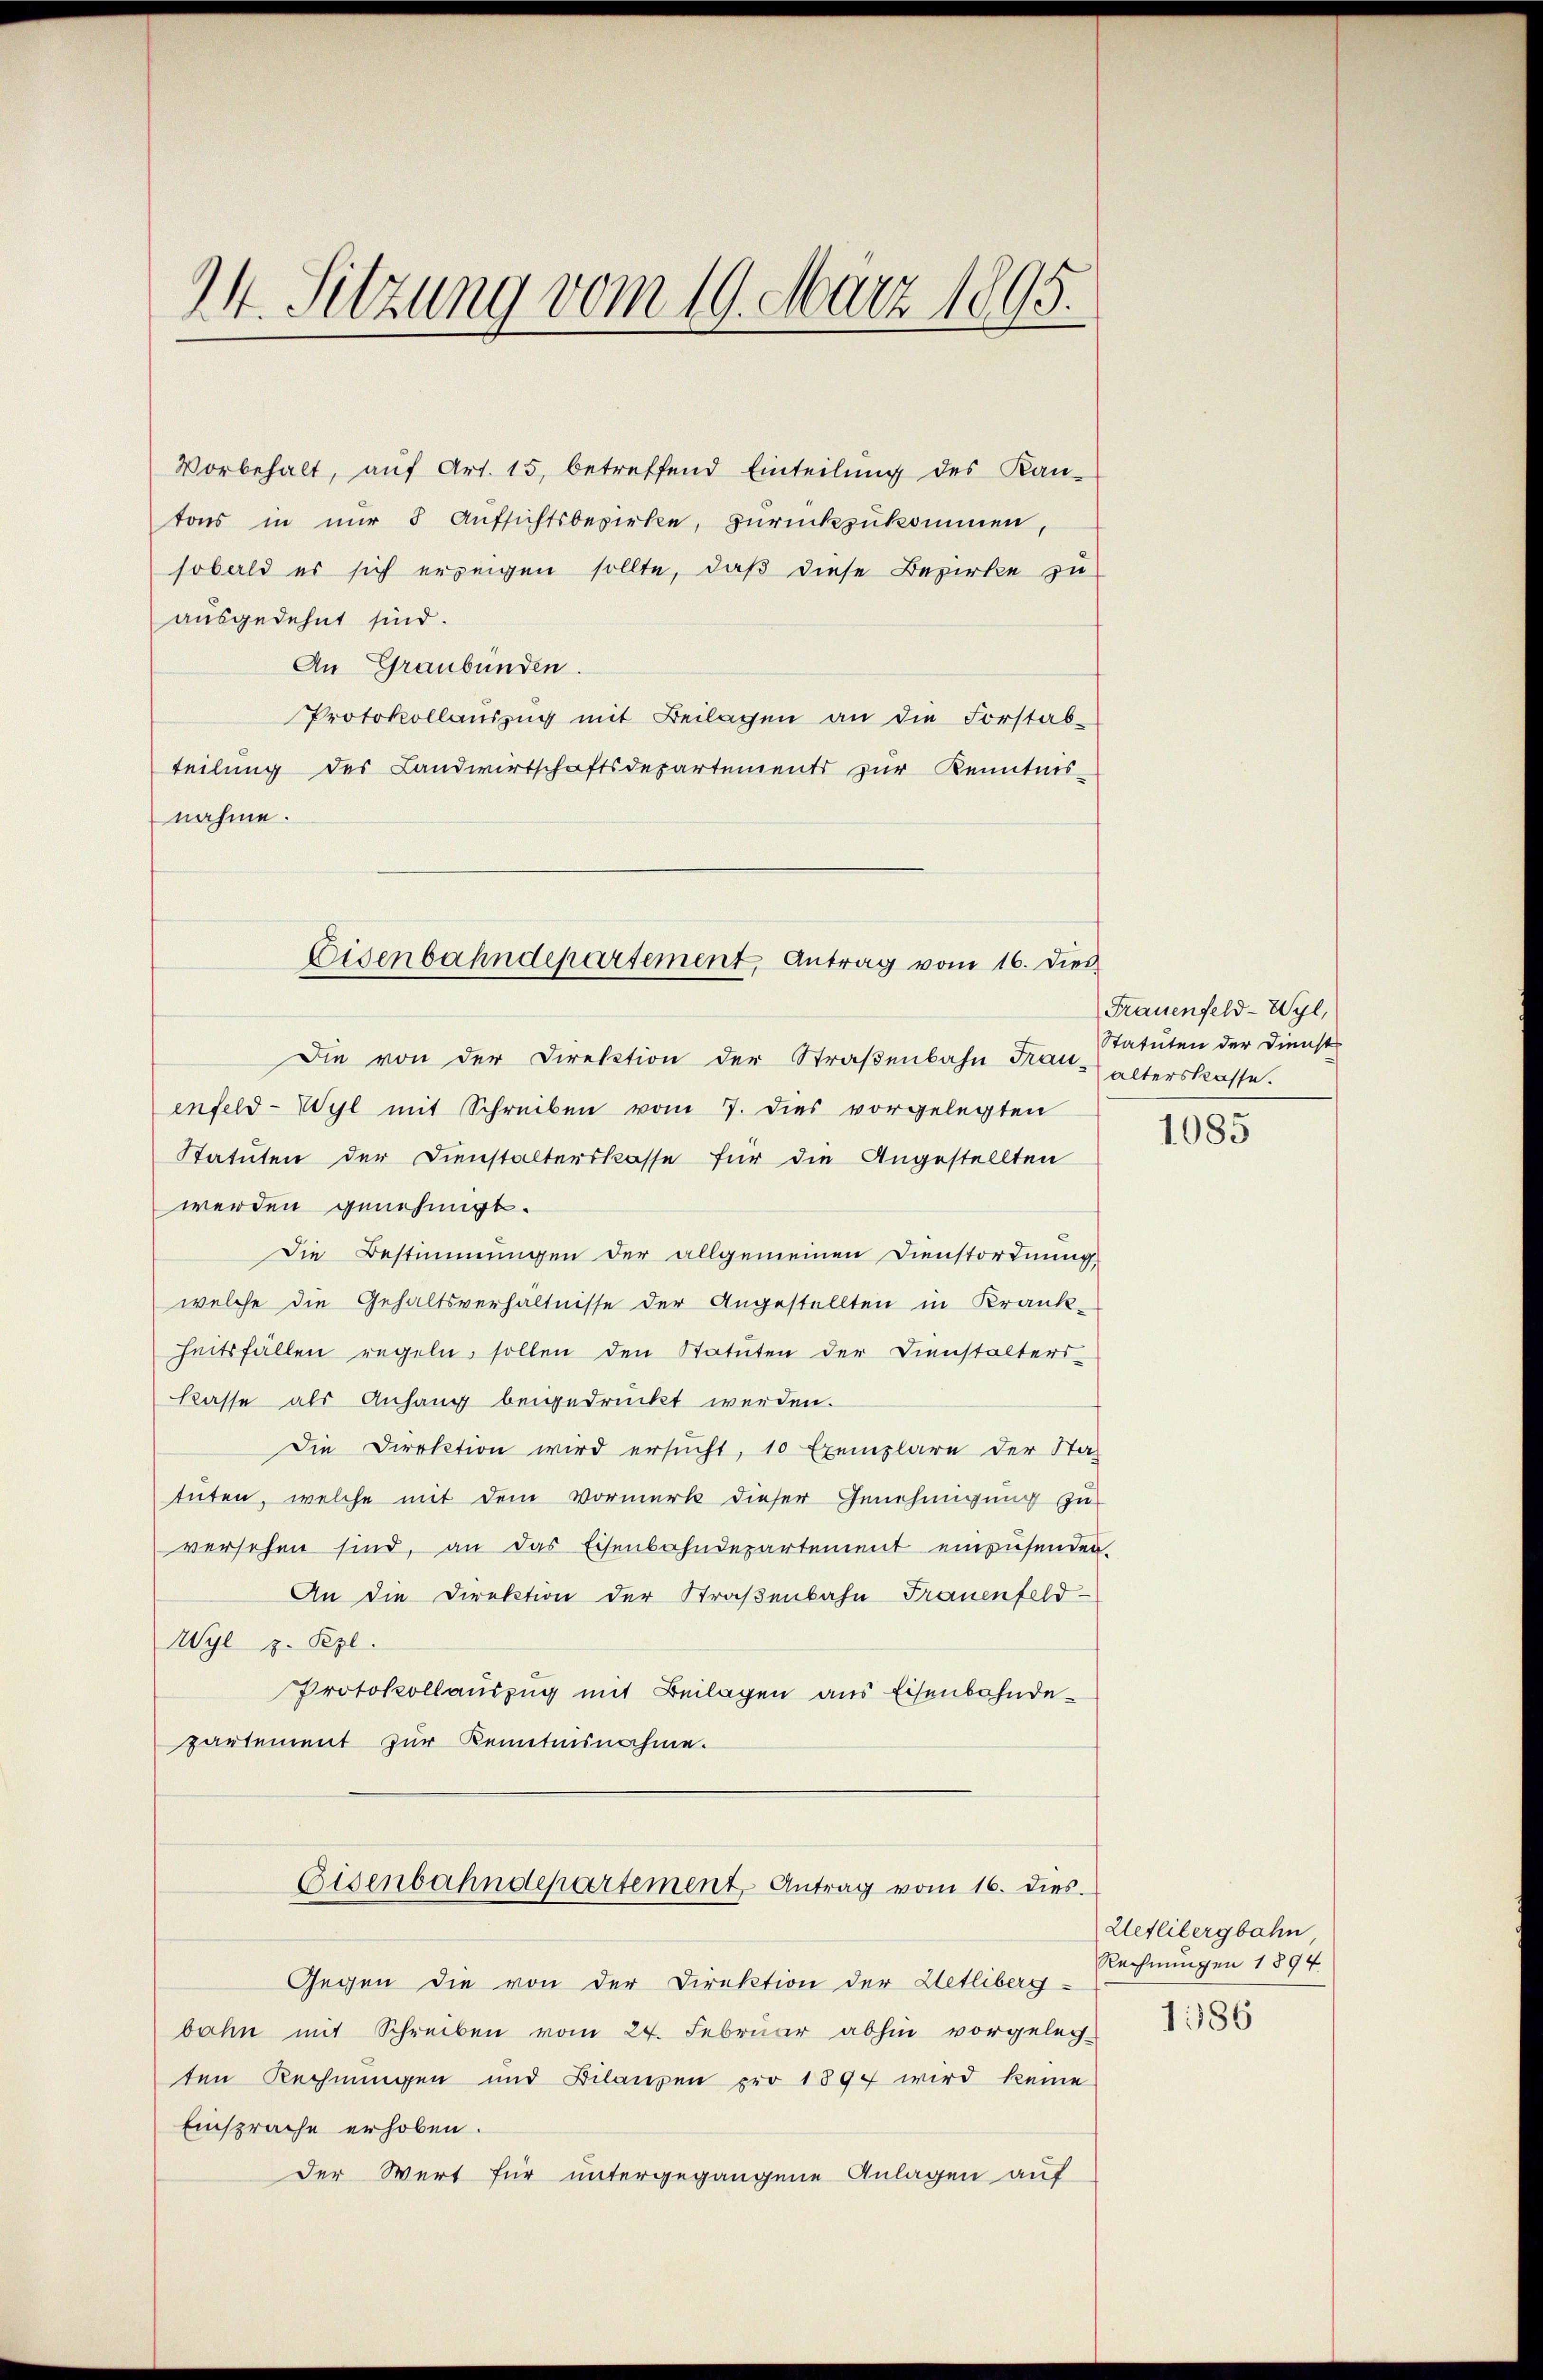
24. Sitzung vom 19. März 1895.

Vorbehalt, aŭf Art. 15, betreffend Einteilŭng des Kan-
tons in nur 8 Aufsichtsbezirke, zurückzukommen,
sobald es sich erzeigen sollte, daß diese Bezirke zu
ausgedehnt sind.
An Graubünden.
Protokollauszug mit Beilagen an die Forstab-
teilung des Landwirtschaftsdepartements zur Kenntnis-
nahme.
Die von der Direktion der Straßenbahn Tat-alterskasse.
enfeld-Wyl mit Schreiben vom 7. dies vorgelegten
Statuten der Dienstalterskasse für die Angestellten
werden genehmigt.
Die Bestimmungen der allgemeinen Dienstordnung
welche die Gehaltsverhältnisse der Angestellten in Krank-
heitsfällen regeln sollen den Statuten der Dienstalters
kasse als Anhang beigedrückt werden.
Die Direktion wird ersucht, 10 Exemplare der Stat
tuten, welche mit dem Vormerk dieser Genehmigung zu
versehen sind, an das Eisenbahndepartement einzusenden.
An die Direktion der Straßenbahn Frauenfeld-
Wyl z. Pezl.
Protokollauszug mit Beilagen aus Eisenbahndepartement zur Kenntnisnahme.
Eisenbahndepartement Antrag vom 16. dies
Gegen die von der Direktion der Letliberg-
bahn mit Schreiben vom 24. Februar abhin vorgeleg-
ten Rechnungen und Bilanzen pro 1897 wird keine
Einsprache erhoben.
Der Wert für untergegangene Anlagen auf

Eisenbahndepartement, Antrag vom 16. dies

Frauenfeld-Wyl,
Statuten der Dienst

1085

Uetlibergbahn
Rechnungen 1894
1186